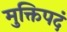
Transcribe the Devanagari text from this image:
मुक्तिपदं